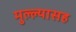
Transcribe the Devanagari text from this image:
मुल्ल्यासह